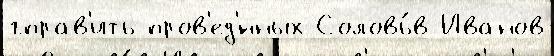
гправ'ить пров'ед'́нных Соловь́в Иванов